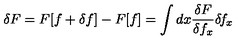
\delta F = F [ f + \delta f ] - F [ f ] = \int d x \frac { \delta F } { \delta f _ { x } } \delta \! f _ { x }